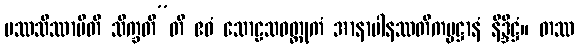
ပဿသိဿာမီတိ သိက္ခတီ”တိ ဧဝံ သောဠသဝတ္ထုကံ အာနာပါနဿတိကမ္မဋ္ဌာနံ နိဒ္ဒိဋ္ဌံ။ တဿ